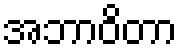
အဘာဝိတာ